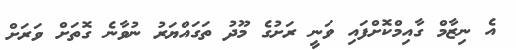
އެ ނިޒާމް ގާއިމްކޮށްފައި ވަނީ ރަށުގެ މޫދު ތަގައްޔަރު ނުވާނެ ގޮތަށް ވަރަށް